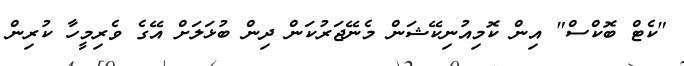
"ކެޓް ބޮކްސް" އިން ކޮމިއުނިކޭޝަން މެނޭޖަރުކަން ދިން ބުޅަލަށް އޭގެ ވެރިމީހާ ކުރިން